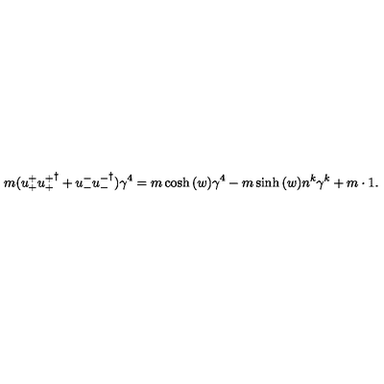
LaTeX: m ( u _ { + } ^ { + } { u _ { + } ^ { + } } ^ { \dagger } + u _ { - } ^ { - } { u _ { - } ^ { - } } ^ { \dagger } ) \gamma ^ { 4 } = m \cosh { ( w ) } \gamma ^ { 4 } - m \sinh { ( w ) } n ^ { k } \gamma ^ { k } + m \cdot 1 .